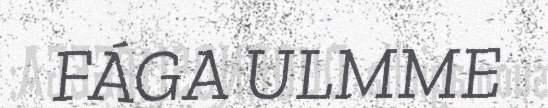
FÁGA ULMME